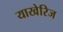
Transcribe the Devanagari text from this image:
याखेरिज